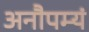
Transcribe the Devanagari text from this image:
अनौपम्यं